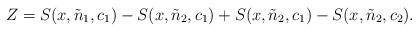
LaTeX: \begin{align*}Z= S(x,\tilde{n}_{1},c_{1})-S(x,\tilde{n}_{2},c_{1}) + S(x,\tilde{n}_{2},c_{1})-S(x,\tilde{n}_{2},c_{2}).\end{align*}